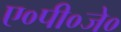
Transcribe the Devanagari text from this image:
ए०पी०जे०